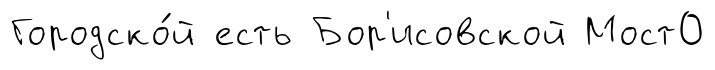
Городско́й есть Бор'исовской Мост0